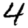
Digit: 4